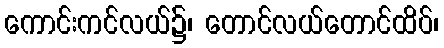
ကောင်းကင်လယ်၌၊ တောင်လယ်တောင်ထိပ်၊